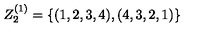
Z _ { 2 } ^ { ( 1 ) } = \{ ( 1 , 2 , 3 , 4 ) , ( 4 , 3 , 2 , 1 ) \}